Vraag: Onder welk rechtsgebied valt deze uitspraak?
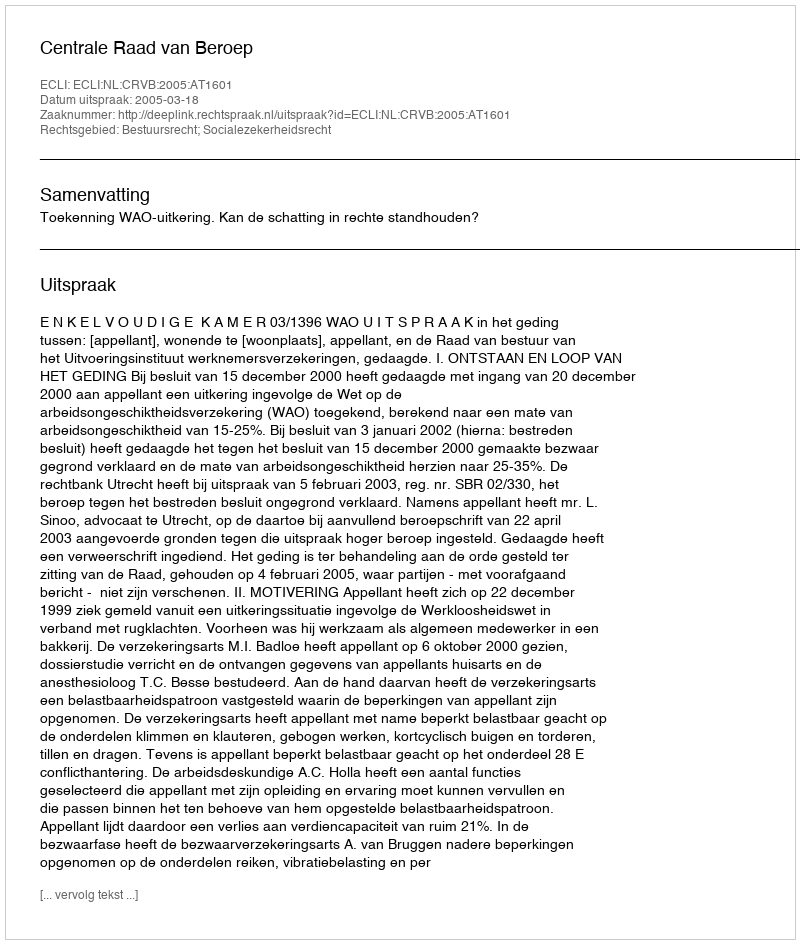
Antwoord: Bestuursrecht; Socialezekerheidsrecht